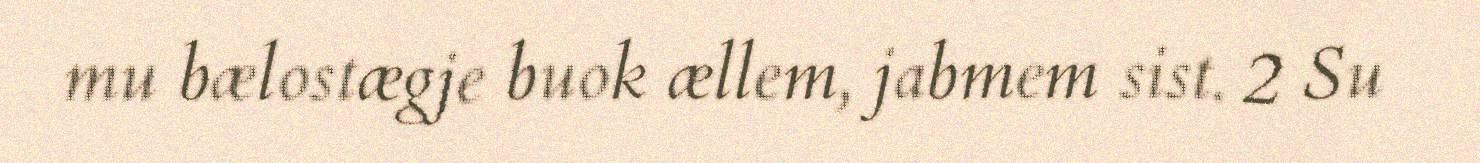
mu bælostægje buok ællem, jabmem sist. 2 Su